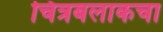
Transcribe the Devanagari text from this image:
चित्रबलाकचा